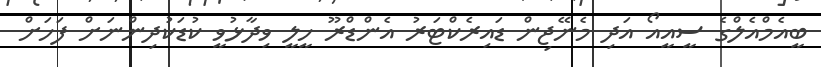
ބީއެމްއެލްގެ ސީއީއޯ އަދި މެނޭޖިން ޑައިރެކްޓަރު އެންޑްރޫ ހީލީ ވިދާޅުވީ ކުޑަކުދިންނަށް ފަހަށް